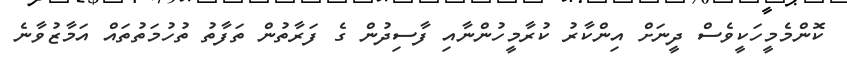
ކޮންމެމީހަކީވެސް ދީނަށް އިންކާރު ކުރާމީހުންނާއި ފާސިދުން ގެ ފަރާތުން ތަފާތު ތުހުމަތުތައް އަމާޒުވާނެ